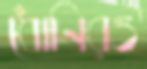
ধোনিরও